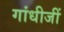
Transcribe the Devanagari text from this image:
गांधीजीं